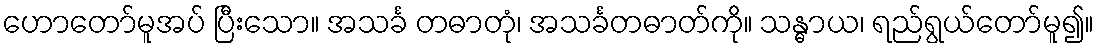
ဟောတော်မူအပ် ပြီးသော။ အသင်္ခ တဓာတုံ၊ အသင်္ခတဓာတ်ကို။ သန္ဓာယ၊ ရည်ရွယ်တော်မူ၍။